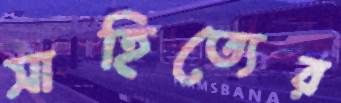
সাহিত্যের